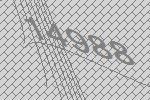
14988